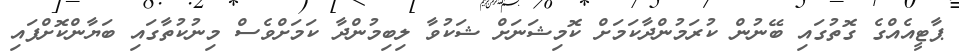
ޕާޓީއެއްގެ ގޮތުގައި ބޭނުން ކުރަމުންދާކަމަށް ކޮމިޝަނަށް ޝަކުވާ ލިބިމުންދާ ކަމަށްވެސް މިނުކުތާގައި ބަޔާންކޮށްފައި